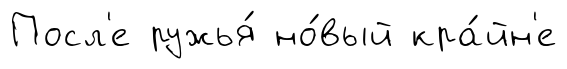
Посл'е ружья́ но́вый кра́йн'е